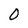
Character: 0